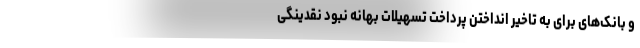
و بانک‌های برای به تاخیر انداختن پرداخت تسهیلات بهانه نبود نقدینگی